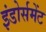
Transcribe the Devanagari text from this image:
इंडोर्समेंट